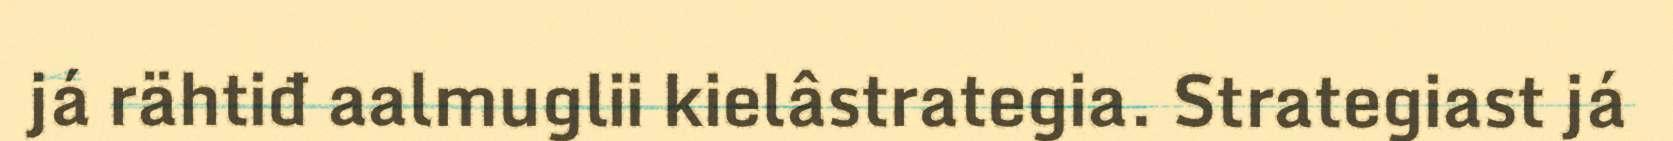
já rähtiđ aalmuglii kielâstrategia. Strategiast já